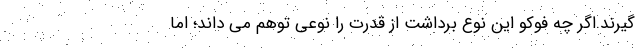
گیرند.اگر چه فوكو اين نوع برداشت از قدرت را نوعي توهم مي داند؛ اما